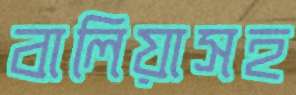
বালিয়াসহ